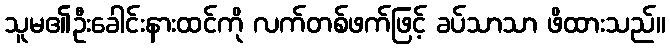
သူမ၏ဦးခေါင်းနားထင်ကို လက်တစ်ဖက်ဖြင့် ခပ်သာသာ ဖိထားသည်။